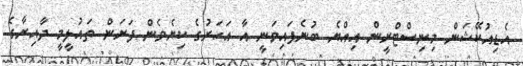
އެޑިއުކޭޝަން މިނިސްޓްރީން އިއްޔެ ބުނެފައިވަނީ އާ އަހަރުގެ ކިޔެވެން ފަށަން ތައުލީމީ ދާއިރާގެ